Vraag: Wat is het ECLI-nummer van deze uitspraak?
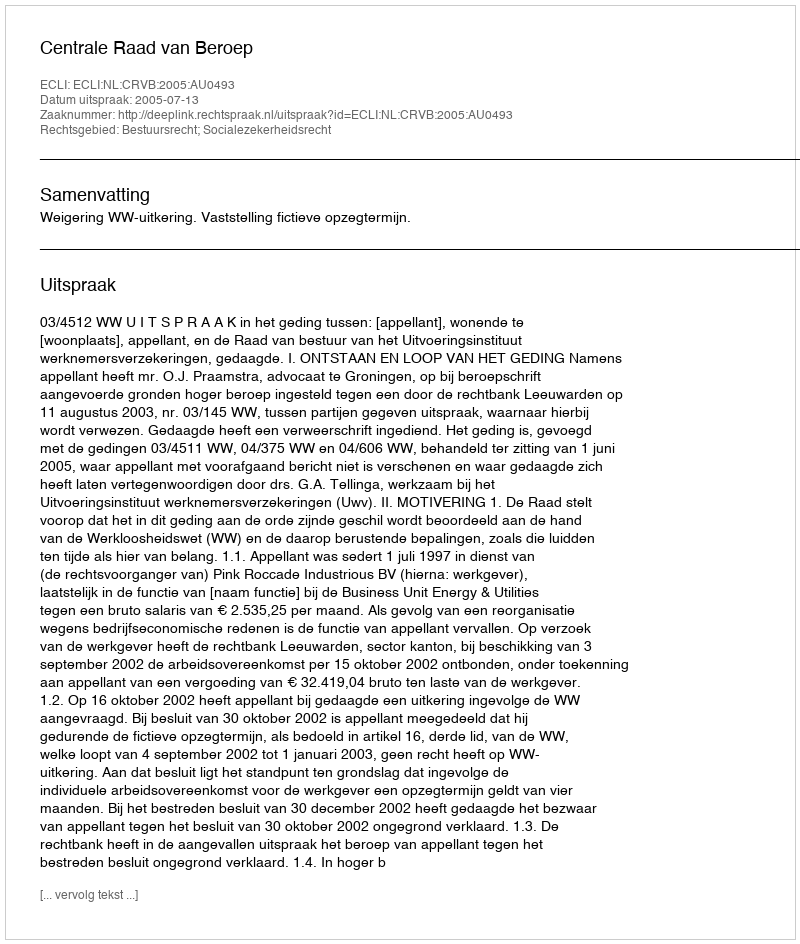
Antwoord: ECLI:NL:CRVB:2005:AU0493